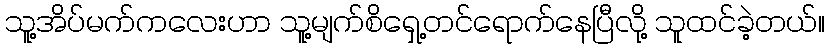
သူ့အိပ်မက်ကလေးဟာ သူ့မျက်စိရှေ့တင်ရောက်နေပြီလို့ သူထင်ခဲ့တယ်။